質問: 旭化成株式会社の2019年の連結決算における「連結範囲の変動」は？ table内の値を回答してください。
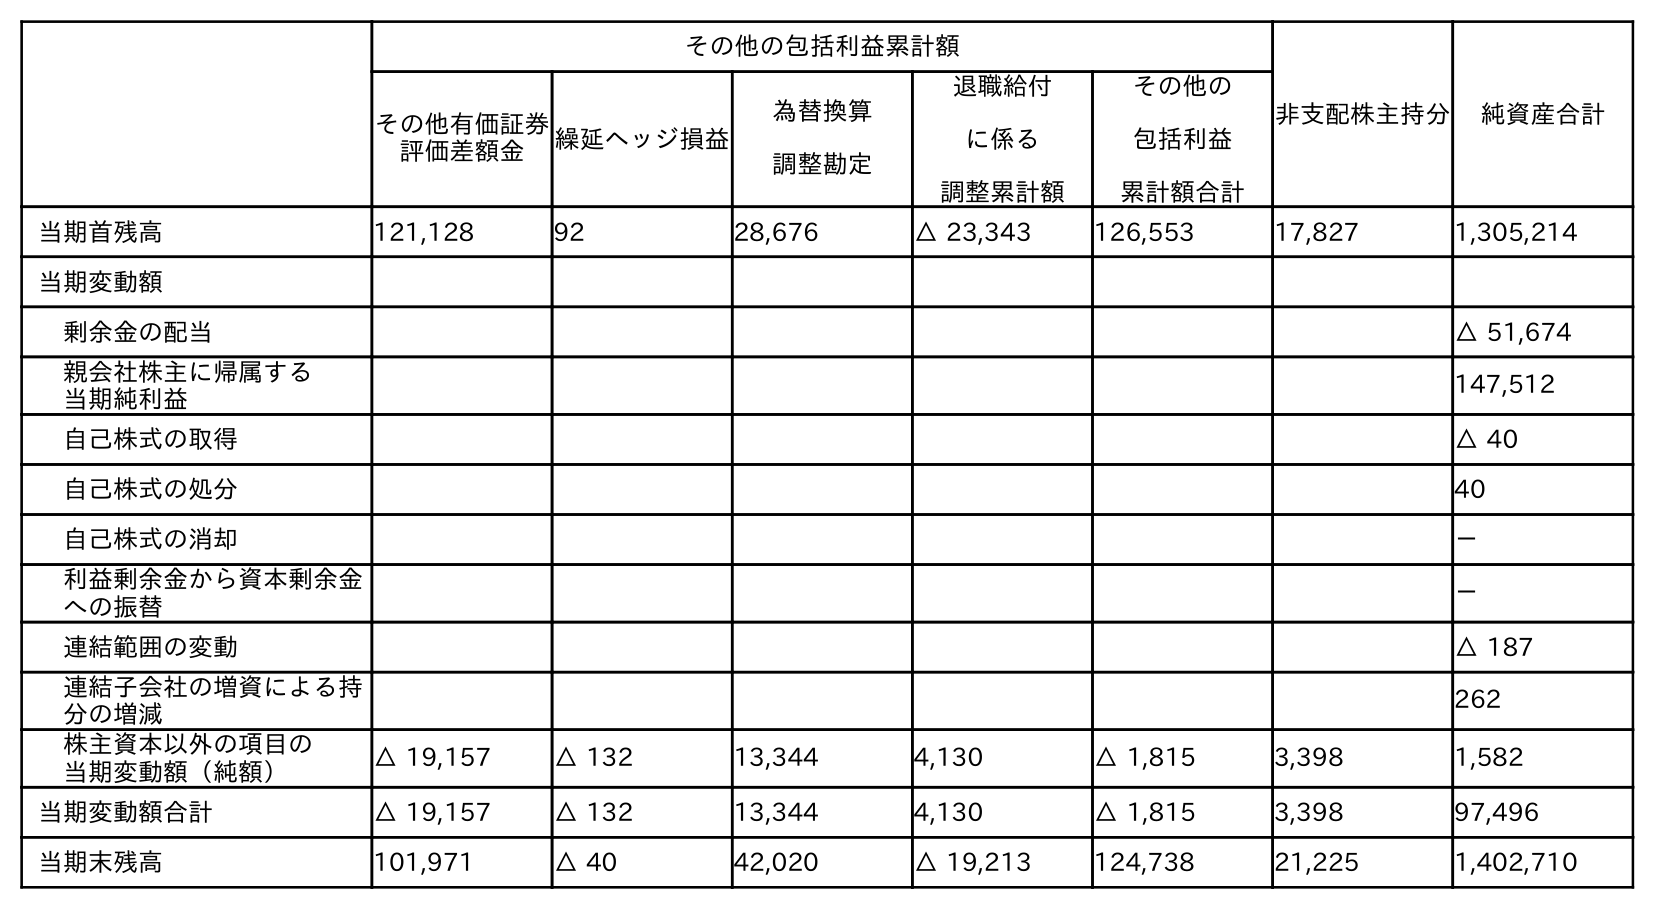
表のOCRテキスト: その他の包括利益累計額 非支配株主持分 純資産合計 その他有価証券 評価差額金 繰延ヘッジ損益 為替換算 調整勘定 退職給付 に係る 調整累計額 その他の 包括利益 累計額合計 当期首残高 121,128 92 28,676 △ 23,343 126,553 17,827 1,305,214 当期変動額 剰余金の配当 △ 51,674 親会社株主に帰属する 当期純利益 147,512 自己株式の取得 △ 40 自己株式の処分 40 自己株式の消却 － 利益剰余金から資本剰余金 への振替 － 連結範囲の変動 △ 187 連結子会社の増資による持 分の増減 262 株主資本以外の項目の 当期変動額（純額） △ 19,157 △ 132 13,344 4,130 △ 1,815 3,398 1,582 当期変動額合計 △ 19,157 △ 132 13,344 4,130 △ 1,815 3,398 97,496 当期末残高 101,971 △ 40 42,020 △ 19,213 124,738 21,225 1,402,710
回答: △187